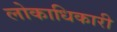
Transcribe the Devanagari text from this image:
लोकाधिकारी